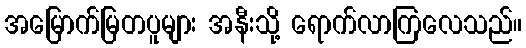
အမြောက်မြတပူများ အနီးသို့ ရောက်လာကြလေသည်။